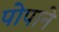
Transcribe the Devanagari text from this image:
पोपाने